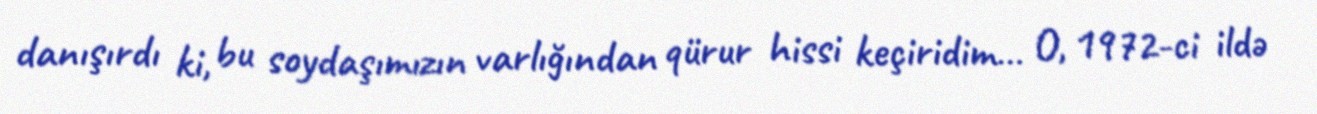
danışırdı ki, bu soydaşımızın varlığından qürur hissi keçiridim… O, 1972-ci ildə